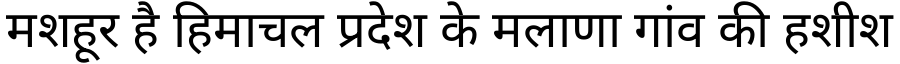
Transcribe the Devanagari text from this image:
मशहूर है हिमाचल प्रदेश के मलाणा गांव की हशीश